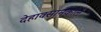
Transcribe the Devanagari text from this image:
देहावसानकाले